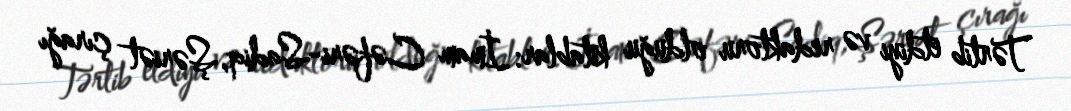
Tərtib etdiyi və redaktoru olduğu kitablar: İmam Cəfəri-Sadiq, Şəriət çırağı